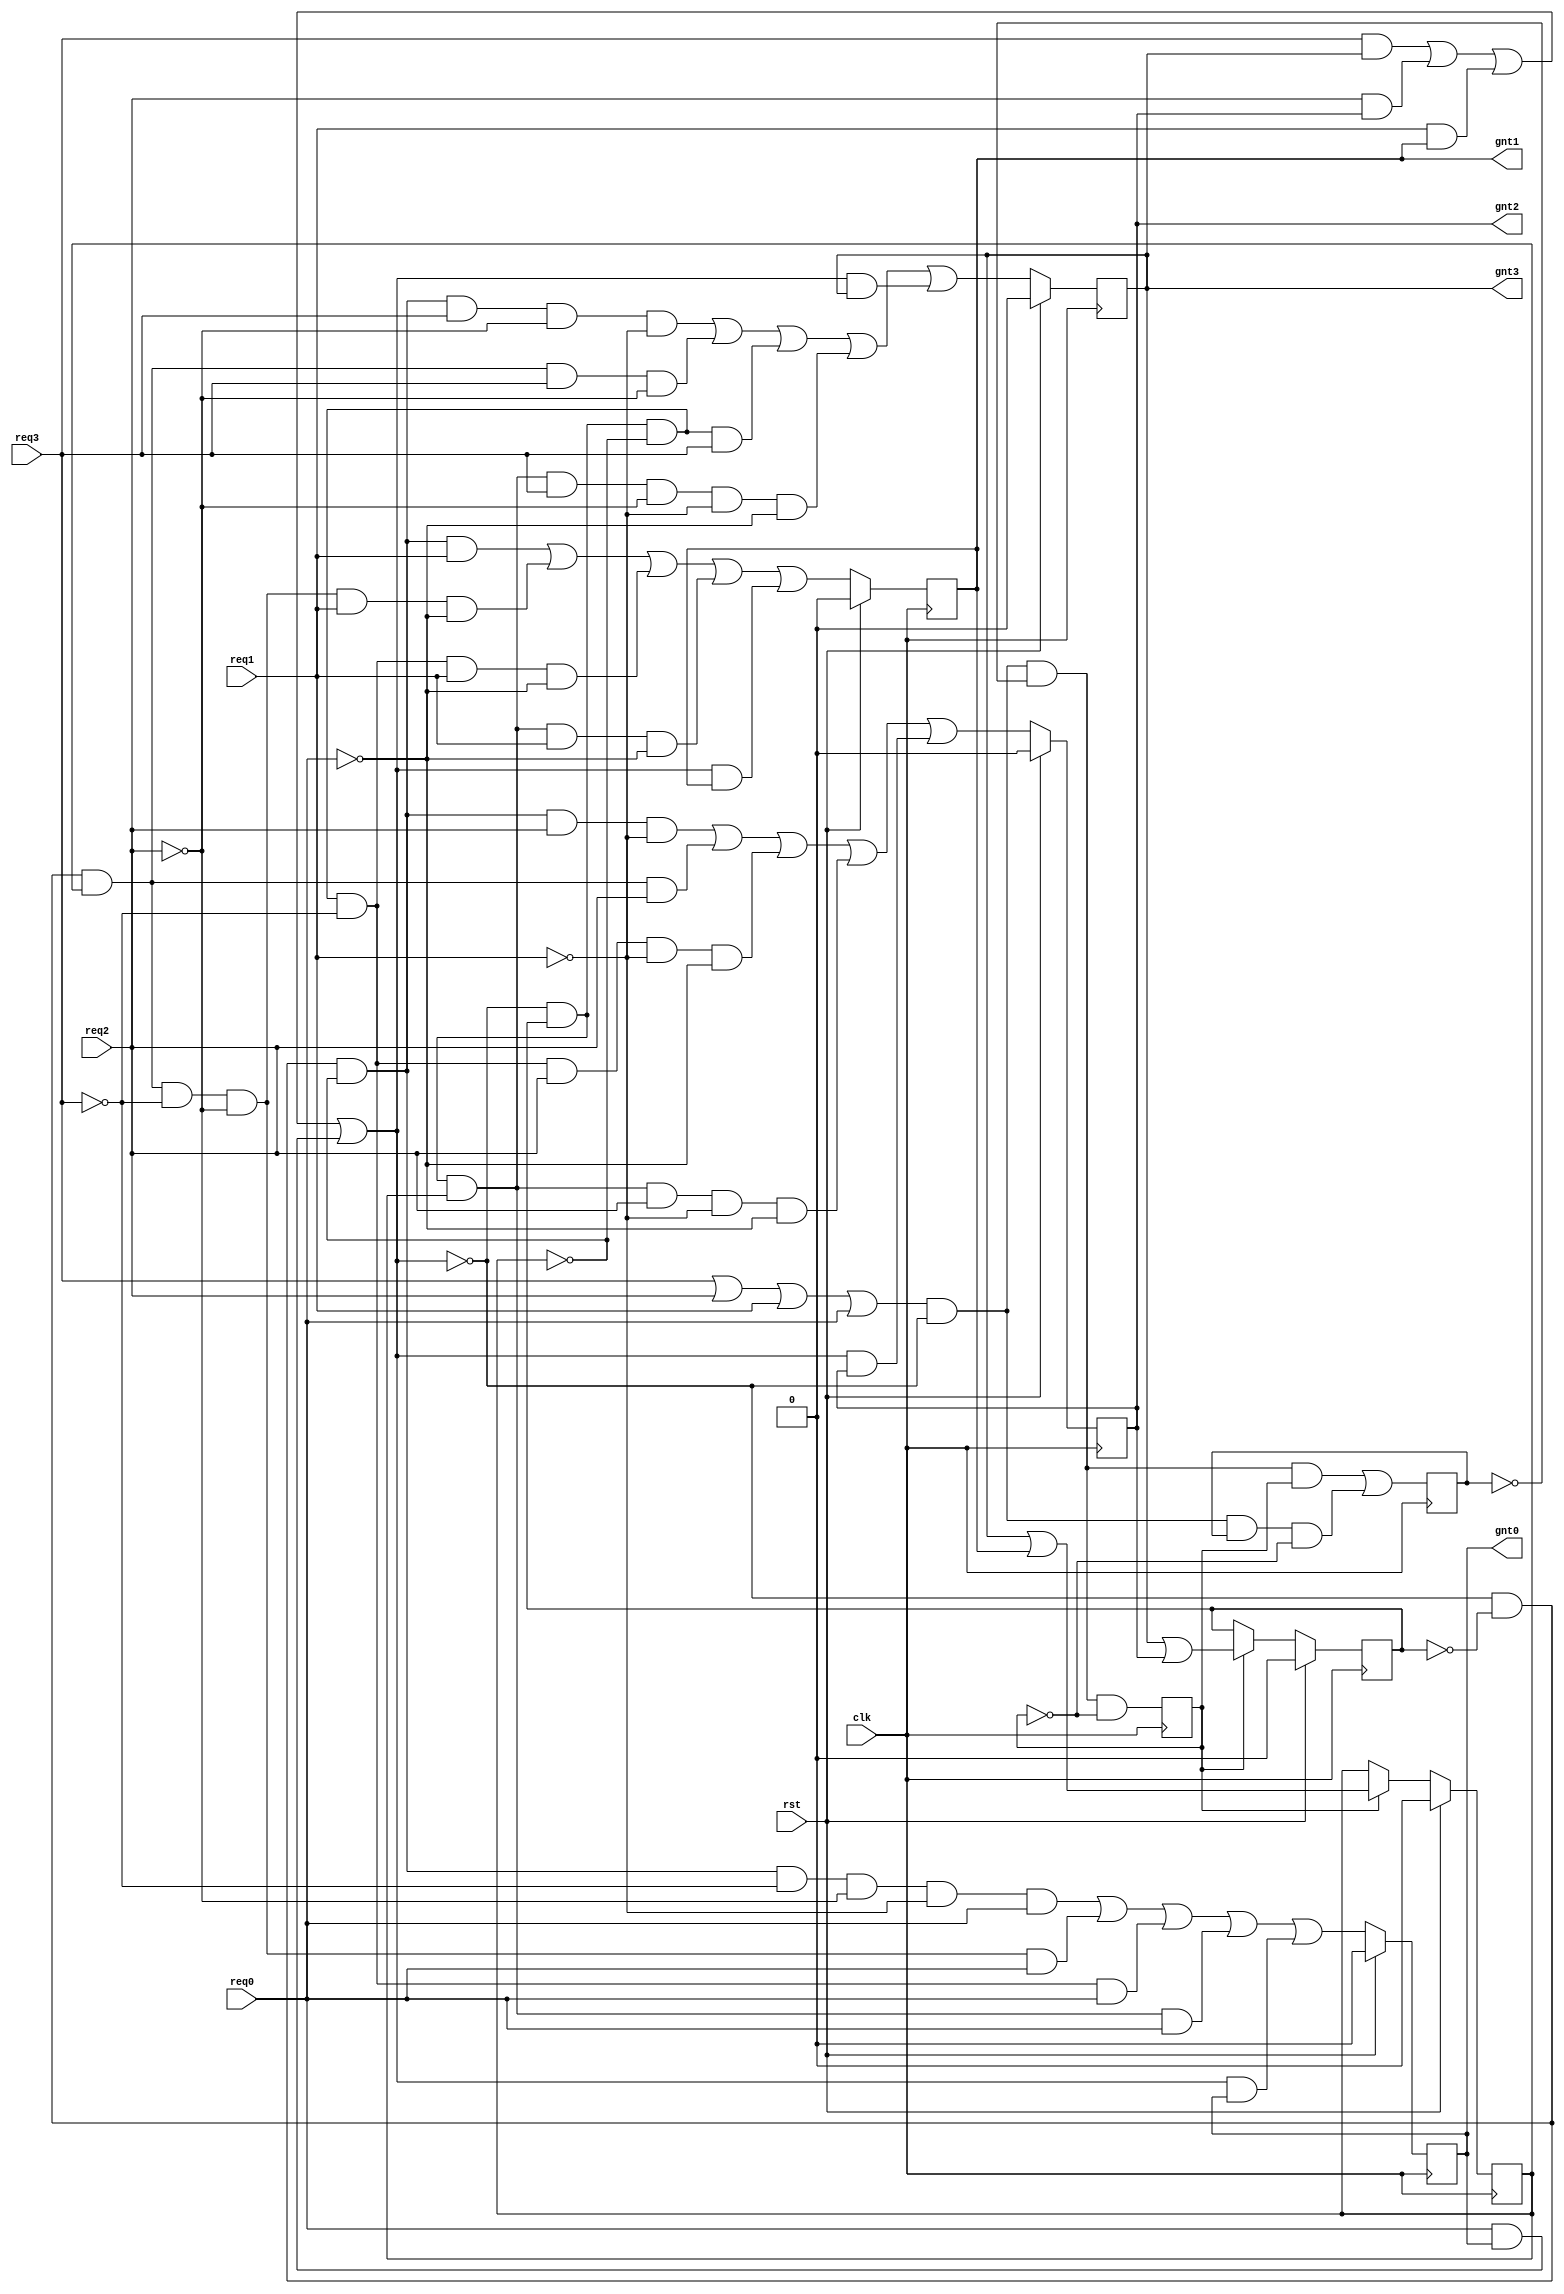
module arbiter (
  clk,    
  rst,    
  req3,   
  req2,   
  req1,   
  req0,   
  gnt3,   
  gnt2,   
  gnt1,   
  gnt0   
);
// --------------Port Declaration----------------------- 
input           clk;    
input           rst;    
input           req3;   
input           req2;   
input           req1;   
input           req0;   
output          gnt3;   
output          gnt2;   
output          gnt1;   
output          gnt0;   

//--------------Internal Registers----------------------
wire    [1:0]   gnt       ;   
wire            comreq    ; 
wire            beg       ;
wire   [1:0]    lgnt      ;
wire            lcomreq   ;
reg             lgnt0     ;
reg             lgnt1     ;
reg             lgnt2     ;
reg             lgnt3     ;
reg             lasmask   ;
reg             lmask0    ;
reg             lmask1    ;
reg             ledge     ;

//--------------Code Starts Here----------------------- 
always @ (posedge clk)
if (rst) begin
  lgnt0 <= 0;
  lgnt1 <= 0;
  lgnt2 <= 0;
  lgnt3 <= 0;
end else begin                                     
  lgnt0 <=(~lcomreq & ~lmask1 & ~lmask0 & ~req3 & ~req2 & ~req1 & req0)
        | (~lcomreq & ~lmask1 &  lmask0 & ~req3 & ~req2 &  req0)
        | (~lcomreq &  lmask1 & ~lmask0 & ~req3 &  req0)
        | (~lcomreq &  lmask1 &  lmask0 & req0  )
        | ( lcomreq & lgnt0 );
  lgnt1 <=(~lcomreq & ~lmask1 & ~lmask0 &  req1)
        | (~lcomreq & ~lmask1 &  lmask0 & ~req3 & ~req2 &  req1 & ~req0)
        | (~lcomreq &  lmask1 & ~lmask0 & ~req3 &  req1 & ~req0)
        | (~lcomreq &  lmask1 &  lmask0 &  req1 & ~req0)
        | ( lcomreq &  lgnt1);
  lgnt2 <=(~lcomreq & ~lmask1 & ~lmask0 &  req2  & ~req1)
        | (~lcomreq & ~lmask1 &  lmask0 &  req2)
        | (~lcomreq &  lmask1 & ~lmask0 & ~req3 &  req2  & ~req1 & ~req0)
        | (~lcomreq &  lmask1 &  lmask0 &  req2 & ~req1 & ~req0)
        | ( lcomreq &  lgnt2);
  lgnt3 <=(~lcomreq & ~lmask1 & ~lmask0 & req3  & ~req2 & ~req1)
        | (~lcomreq & ~lmask1 &  lmask0 & req3  & ~req2)
        | (~lcomreq &  lmask1 & ~lmask0 & req3)
        | (~lcomreq &  lmask1 &  lmask0 & req3  & ~req2 & ~req1 & ~req0)
        | ( lcomreq & lgnt3);
end 

//----------------------------------------------------
// lasmask state machine.
//----------------------------------------------------
assign beg = (req3 | req2 | req1 | req0) & ~lcomreq;
always @ (posedge clk)
begin                                     
  lasmask <= (beg & ~ledge & ~lasmask);
  ledge   <= (beg & ~ledge &  lasmask) 
          |  (beg &  ledge & ~lasmask);
end 

//----------------------------------------------------
// comreq logic.
//----------------------------------------------------
assign lcomreq = ( req3 & lgnt3 )
                | ( req2 & lgnt2 )
                | ( req1 & lgnt1 )
                | ( req0 & lgnt0 );

//----------------------------------------------------
// Encoder logic.
//----------------------------------------------------
assign  lgnt =  {(lgnt3 | lgnt2),(lgnt3 | lgnt1)};

//----------------------------------------------------
// lmask register.
//----------------------------------------------------
always @ (posedge clk )
if( rst ) begin
  lmask1 <= 0;
  lmask0 <= 0;
end else if(lasmask) begin
  lmask1 <= lgnt[1];
  lmask0 <= lgnt[0];
end else begin
  lmask1 <= lmask1;
  lmask0 <= lmask0;
end 

assign comreq = lcomreq;
assign gnt    = lgnt;
//----------------------------------------------------
// Drive the outputs
//----------------------------------------------------
assign gnt3   = lgnt3;
assign gnt2   = lgnt2;
assign gnt1   = lgnt1;
assign gnt0   = lgnt0;

endmodule